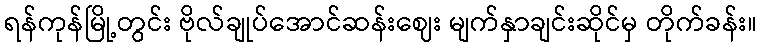
ရန်ကုန်မြို့တွင်း ဗိုလ်ချုပ်အောင်ဆန်းဈေး မျက်နှာချင်းဆိုင်မှ တိုက်ခန်း။